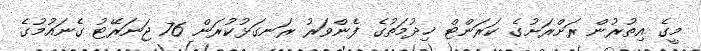
މީގެ އިތުރުން ރަށްރަށުގެ ކަރަންޓް ޚިދުމަތުގެ ފެންވަރު ރަނގަޅުކުރަން 76 ޖަނަރޭޓު ގެނައުމުގެ